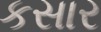
કસાર